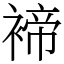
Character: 褅